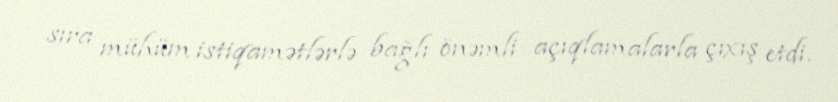
sıra mühüm istiqamətlərlə bağlı önəmli açıqlamalarla çıxış etdi.